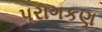
પરાગકણ